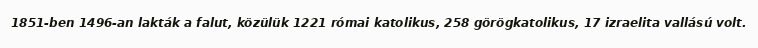
1851-ben 1496-an lakták a falut, közülük 1221 római katolikus, 258 görögkatolikus, 17 izraelita vallású volt.